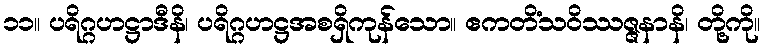
၁၁။ ပရိဂ္ဂဟဋ္ဌာဒီနိ၊ ပရိဂ္ဂဟဋ္ဌအစရှိကုန်သော။ ဧကတိံသဝိဿဇ္ဇနာနိ၊ တို့ကို။